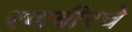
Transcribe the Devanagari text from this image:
रणबीरचे